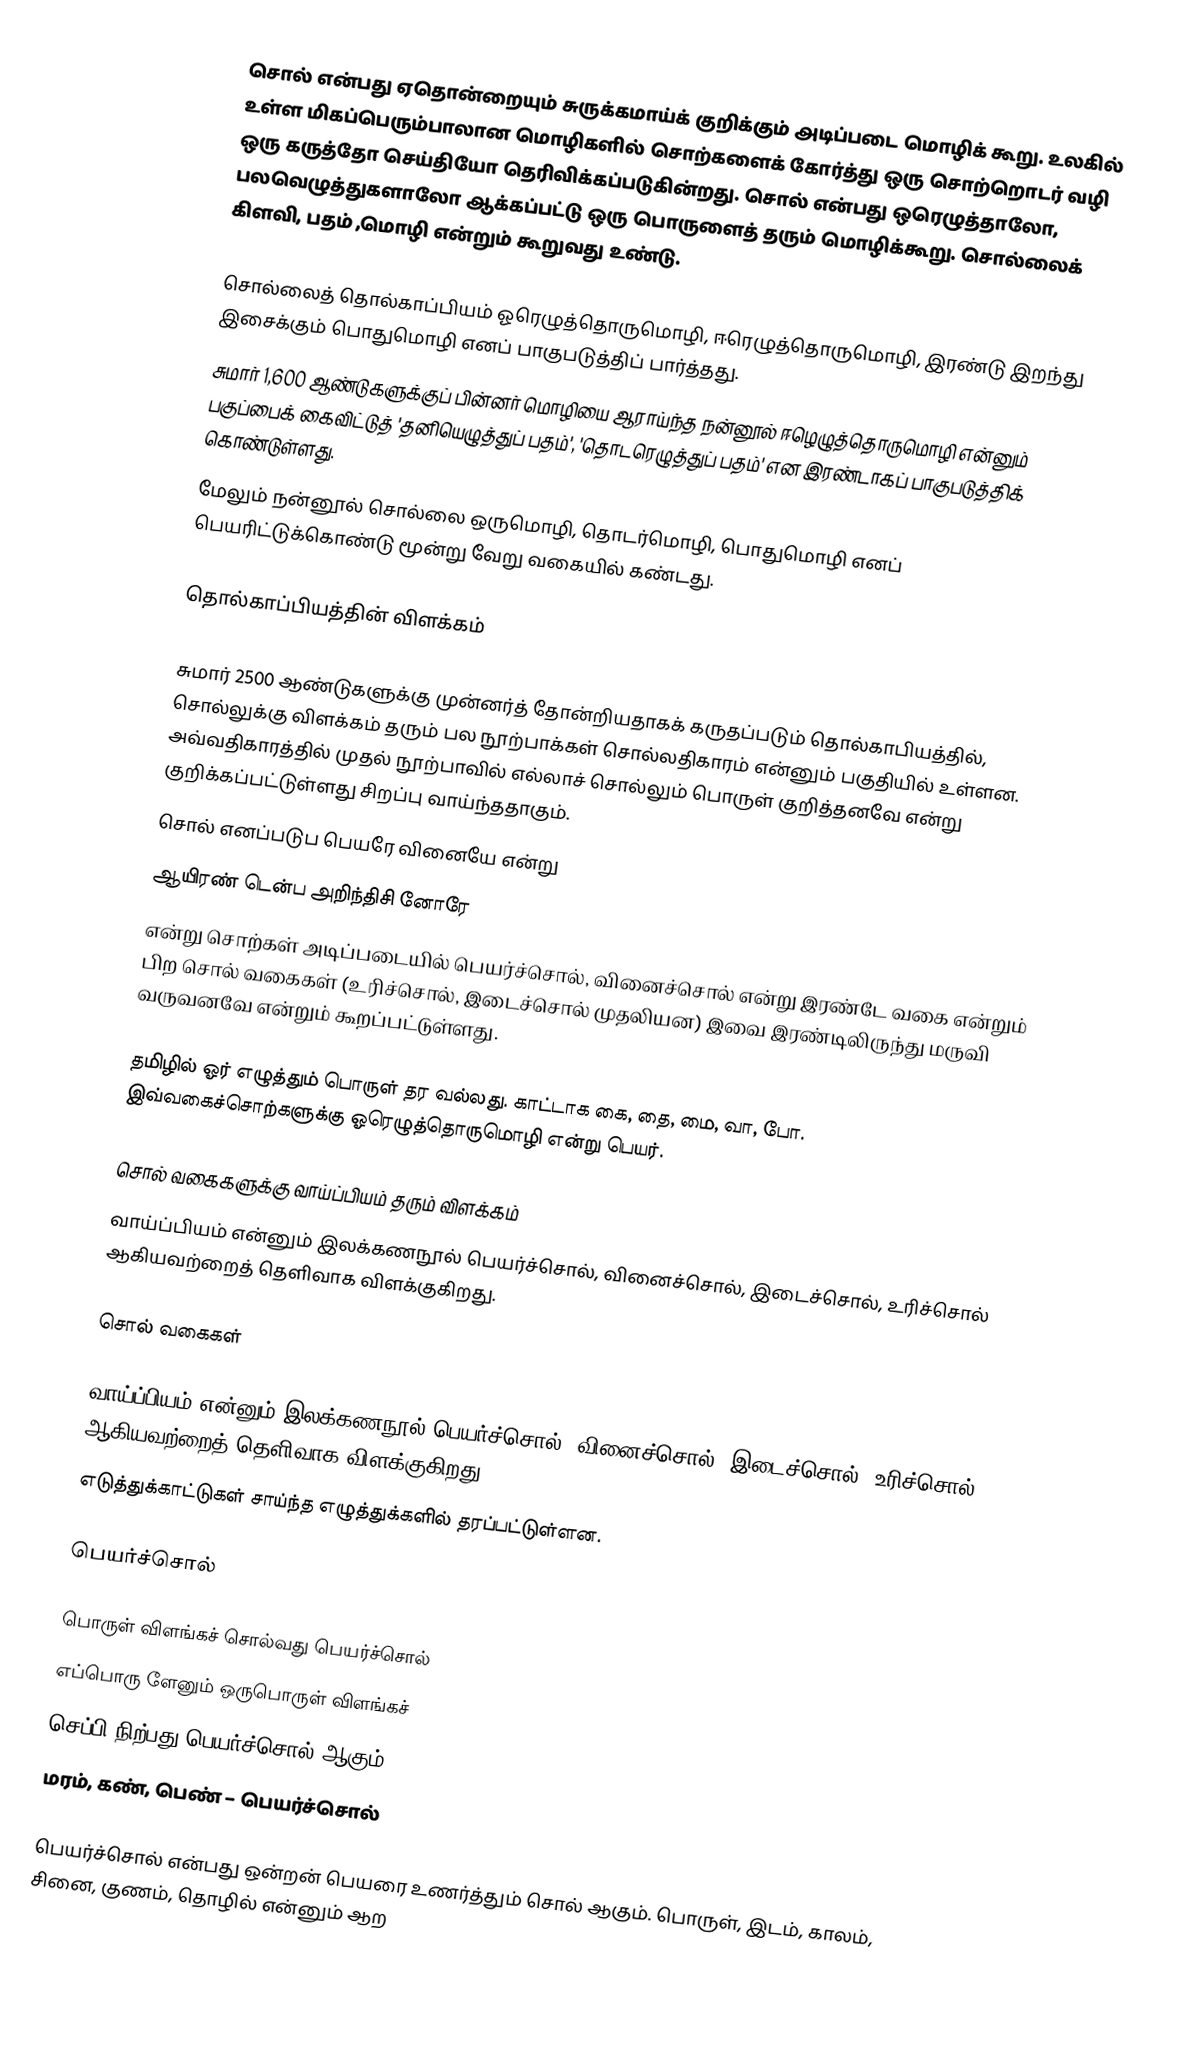
சொல் என்பது ஏதொன்றையும் சுருக்கமாய்க் குறிக்கும் அடிப்படை மொழிக் கூறு. உலகில் உள்ள மிகப்பெரும்பாலான மொழிகளில் சொற்களைக் கோர்த்து ஒரு சொற்றொடர் வழி ஒரு கருத்தோ செய்தியோ தெரிவிக்கப்படுகின்றது. சொல் என்பது ஒரெழுத்தாலோ, பலவெழுத்துகளாலோ ஆக்கப்பட்டு ஒரு பொருளைத் தரும் மொழிக்கூறு. சொல்லைக் கிளவி, பதம் ,மொழி என்றும் கூறுவது உண்டு.

 சொல்லைத் தொல்காப்பியம் ஓரெழுத்தொருமொழி, ஈரெழுத்தொருமொழி, இரண்டு இறந்து இசைக்கும் பொதுமொழி எனப் பாகுபடுத்திப் பார்த்தது.
 சுமார் 1,600 ஆண்டுகளுக்குப் பின்னர் மொழியை ஆராய்ந்த நன்னூல் ஈழெழுத்தொருமொழி என்னும் பகுப்பைக் கைவிட்டுத் 'தனியெழுத்துப் பதம்', 'தொடரெழுத்துப் பதம்' என இரண்டாகப் பாகுபடுத்திக் கொண்டுள்ளது.
 மேலும் நன்னூல் சொல்லை ஒருமொழி, தொடர்மொழி, பொதுமொழி எனப் பெயரிட்டுக்கொண்டு மூன்று வேறு வகையில் கண்டது.

தொல்காப்பியத்தின்  விளக்கம்

சுமார் 2500 ஆண்டுகளுக்கு முன்னர்த் தோன்றியதாகக் கருதப்படும் தொல்காபியத்தில், சொல்லுக்கு விளக்கம் தரும் பல நூற்பாக்கள் சொல்லதிகாரம் என்னும் பகுதியில் உள்ளன. அவ்வதிகாரத்தில் முதல் நூற்பாவில்  எல்லாச் சொல்லும் பொருள் குறித்தனவே என்று குறிக்கப்பட்டுள்ளது சிறப்பு வாய்ந்ததாகும்.
சொல் எனப்படுப பெயரே வினையே என்று
ஆயிரண் டென்ப அறிந்திசி னோரே
என்று சொற்கள் அடிப்படையில் பெயர்ச்சொல், வினைச்சொல் என்று இரண்டே வகை என்றும் பிற சொல் வகைகள் (உரிச்சொல், இடைச்சொல் முதலியன) இவை இரண்டிலிருந்து மருவி வருவனவே என்றும் கூறப்பட்டுள்ளது.

தமிழில் ஓர் எழுத்தும் பொருள் தர வல்லது. காட்டாக கை, தை, மை, வா, போ. இவ்வகைச்சொற்களுக்கு ஓரெழுத்தொருமொழி என்று பெயர்.

சொல் வகைகளுக்கு வாய்ப்பியம் தரும் விளக்கம்
வாய்ப்பியம் என்னும் இலக்கணநூல் பெயர்ச்சொல், வினைச்சொல், இடைச்சொல், உரிச்சொல் ஆகியவற்றைத் தெளிவாக விளக்குகிறது.

சொல் வகைகள்

வாய்ப்பியம் என்னும் இலக்கணநூல் பெயர்ச்சொல், வினைச்சொல், இடைச்சொல், உரிச்சொல் ஆகியவற்றைத் தெளிவாக விளக்குகிறது.
எடுத்துக்காட்டுகள் சாய்ந்த எழுத்துக்களில் தரப்பட்டுள்ளன.

பெயர்ச்சொல்

பொருள் விளங்கச் சொல்வது பெயர்ச்சொல்
எப்பொரு ளேனும்  ஒருபொருள் விளங்கச்
செப்பி நிற்பது பெயர்ச்சொல் ஆகும்.
மரம், கண், பெண் – பெயர்ச்சொல்

பெயர்ச்சொல் என்பது ஒன்றன் பெயரை உணர்த்தும் சொல் ஆகும். பொருள், இடம், காலம், சினை, குணம், தொழில் என்னும் ஆற